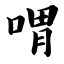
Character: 喟